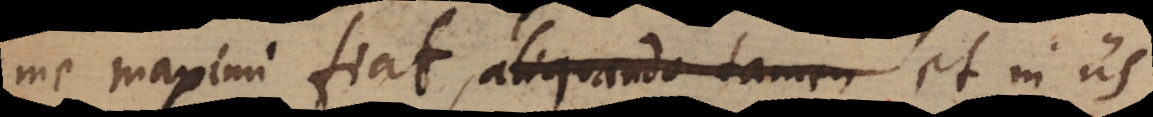
me maximi fiat, aliquando tamen et in iis